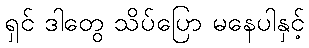
ရှင် ဒါတွေ သိပ်ပြော မနေပါနှင့်